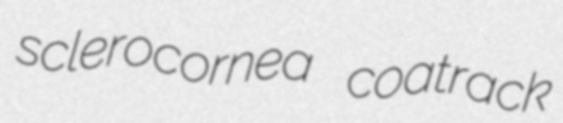
sclerocornea coatrack